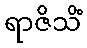
ရာဇိသိံ